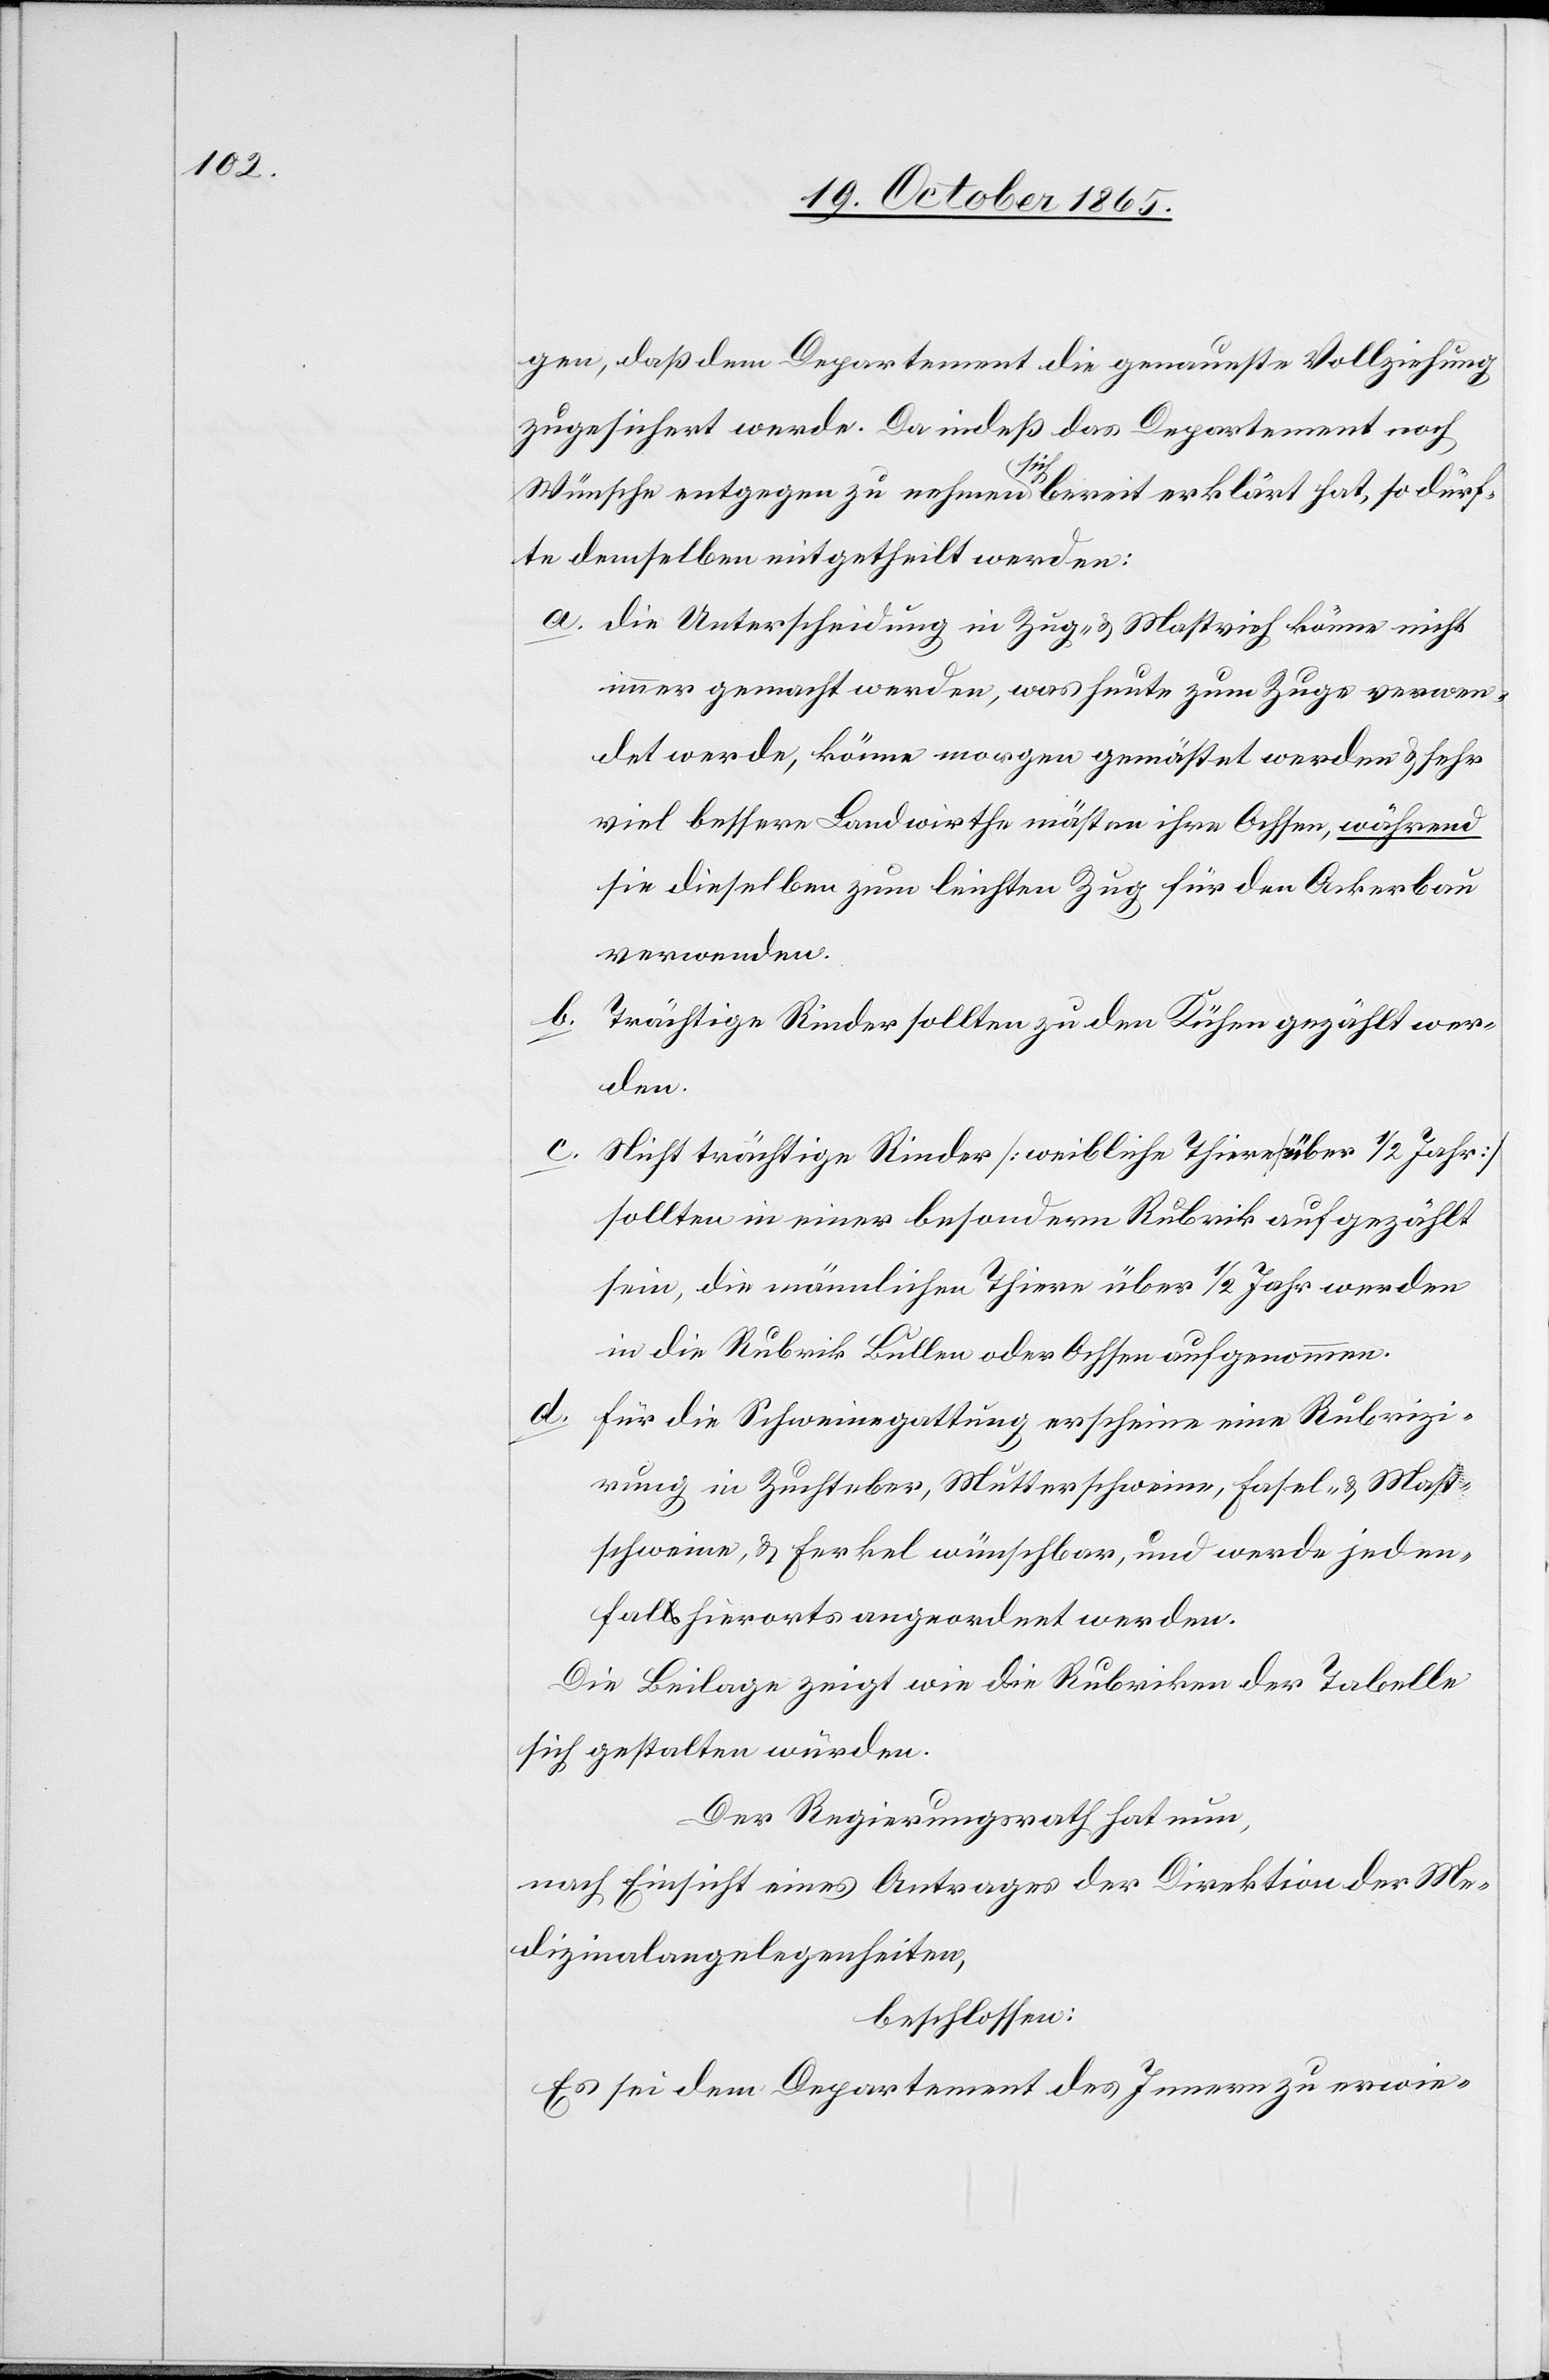
gen, daß dem Departement die genaueste Vollziehung
zugesichert werde. Da indeß das Departement noch
Wünsche entgegen zu nehmen sich bereit erklärt hat, so dürf¬
te demselben mitgetheilt werden:
a. Die Unterscheidung in Zug- & Mastvieh könne nicht
immer gemacht werden, was heute zum Zuge verwen¬
det werde, könne morgen gemästet werden & sehr
viel bessere Landwirthe mästen ihre Ochsen, während
sie dieselben zum leichten Zug für den Ackerbau
verwenden.
b.
Trächtige Rinder sollten zu den Kühen gezählt wer¬
den.
c. Nicht trächtige Rinder [weibliche Thiere über 1/2 Jahr]
sollten in einer besondern Rubrik aufgezählt
sein, die männlichen Thiere über 1/2 Jahr werden
in die Rubrik Bullen oder Ochsen aufgenommen.
d.
Für die Schweinegattung erscheine eine Rubrizi¬
rung in Zuchteber, Mutterschweine, Fasel- & Mast¬
schweine, & Ferkel wünschbar, und werde jeden¬
falls hierorts angeordnet werden.
Die Beilage zeigt wie die Rubriken der Tabelle
sich gestalten würden.
Der Regierungsrath hat nun,
nach Einsicht eines Antrages der Direktion der Me¬
dizinalangelegenheiten,
beschlossen:
Es sei dem Departement des Innern zu erwie-